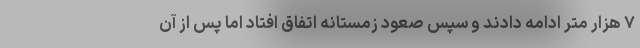
۷ هزار متر ادامه دادند و سپس صعود زمستانه اتفاق افتاد اما پس از آن